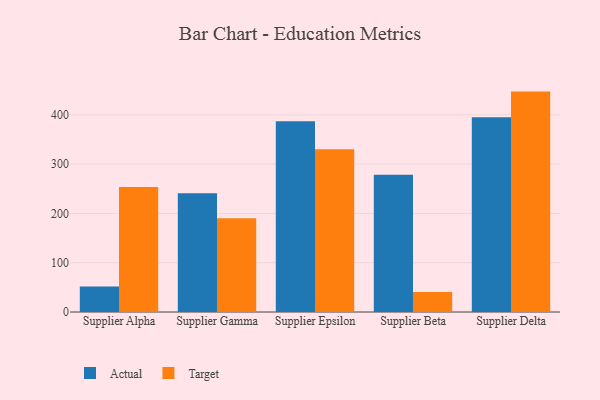
{"axis": {"x": "Supplier", "y": "Backlog"}, "legend": ["Actual", "Target"], "data": [{"x": "Supplier Alpha", "y": 51.5, "type": "Actual"}, {"x": "Supplier Alpha", "y": 253.4, "type": "Target"}, {"x": "Supplier Gamma", "y": 240.9, "type": "Actual"}, {"x": "Supplier Gamma", "y": 190.0, "type": "Target"}, {"x": "Supplier Epsilon", "y": 386.8, "type": "Actual"}, {"x": "Supplier Epsilon", "y": 330.4, "type": "Target"}, {"x": "Supplier Beta", "y": 278.3, "type": "Actual"}, {"x": "Supplier Beta", "y": 40.5, "type": "Target"}, {"x": "Supplier Delta", "y": 395.0, "type": "Actual"}, {"x": "Supplier Delta", "y": 447.1, "type": "Target"}]}